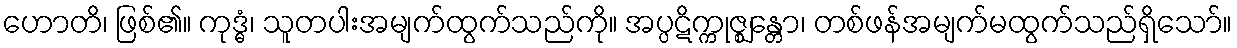
ဟောတိ၊ ဖြစ်၏။ ကုဒ္ဓံ၊ သူတပါးအမျက်ထွက်သည်ကို။ အပ္ပဋိက္ကုဇ္ဈန္တော၊ တစ်ဖန်အမျက်မထွက်သည်ရှိသော်။